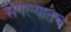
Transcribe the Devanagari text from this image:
संपल्यातच